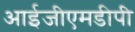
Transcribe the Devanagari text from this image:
आईजीएमडीपी